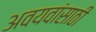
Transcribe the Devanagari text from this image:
अवयवांसाठी